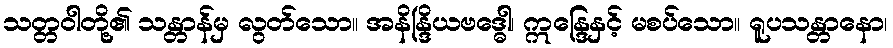
သတ္တဝါတို့၏ သန္တာန်မှ လွတ်သော။ အနိန္ဒြိယဗဒ္ဓေါ၊ ဣန္ဒြေနှင့် မစပ်သော။ ရူပသန္တာနော၊